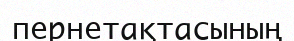
пернетақтасының